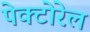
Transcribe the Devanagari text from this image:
पेक्टोरेल